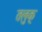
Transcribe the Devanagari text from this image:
तलुक्